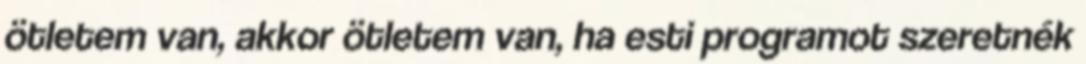
ötletem van, akkor ötletem van, ha esti programot szeretnék